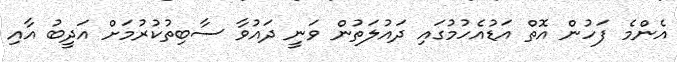
އެންމެ ފަހުން އޮތް އަޑުއެހުމުގައި ދައުލަތުން ވަނީ ދައުވާ ސާބިތުކުރުމަށް އަދީބު އާއި